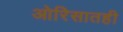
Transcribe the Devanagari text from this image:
ओरिसातही